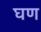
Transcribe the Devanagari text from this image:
घण